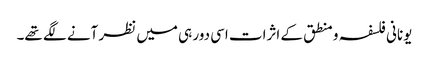
یونانی فلسفہ و منطق کے اثرات اسی دور ہی میں نظر آنے لگے تھے۔